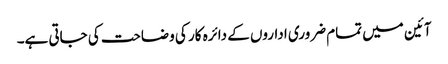
آئین میں تمام ضروری اداروں کے دائرہ کار کی وضاحت کی جاتی ہے۔